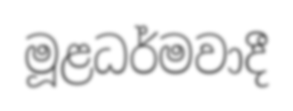
මූළධර්මවාදී